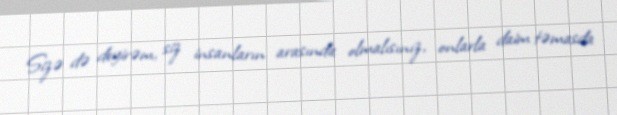
Sizə də deyirəm, siz insanların arasında olmalısınız, onlarla daim təmasda